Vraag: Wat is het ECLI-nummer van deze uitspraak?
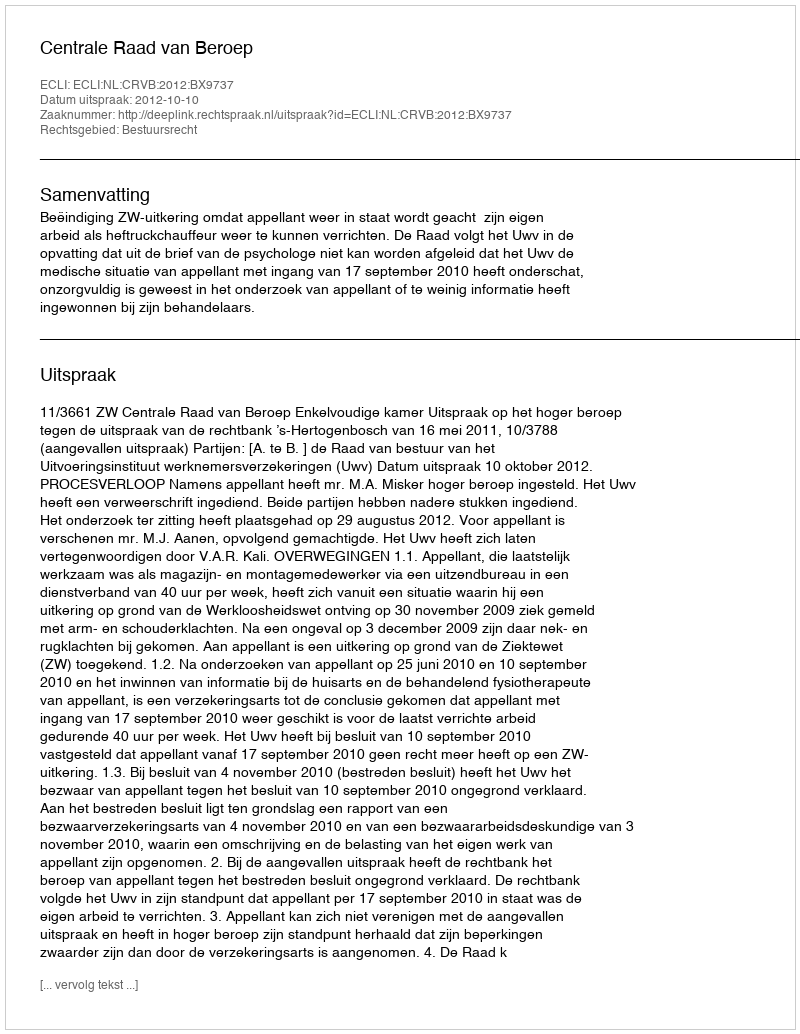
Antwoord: ECLI:NL:CRVB:2012:BX9737